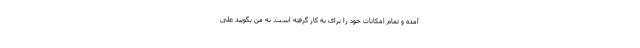
آمده و تمام امکانات خود را برای به کار گرفته است. به من بگویید علی